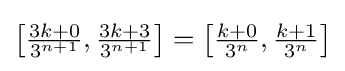
{\textstyle \left[{\frac {3k+0}{3^{n+1}}},{\frac {3k+3}{3^{n+1}}}\right]=\left[{\frac {k+0}{3^{n}}},{\frac {k+1}{3^{n}}}\right]}